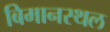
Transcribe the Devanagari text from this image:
बिमानस्थल